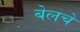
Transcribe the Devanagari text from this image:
बेलचे